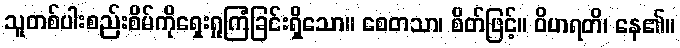
သူတစ်ပါးစည်းစိမ်ကိုရှေးရှုကြံခြင်းရှိသော။ စေတသာ၊ စိတ်ဖြင့်။ ဝိဟရတိ၊ နေ၏။